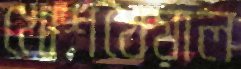
খোশখেয়াল